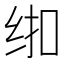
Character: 𱺚